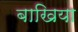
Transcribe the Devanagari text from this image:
बाखिया